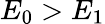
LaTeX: E_{0}>E_{1}